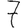
Digit: 7